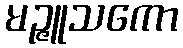
မဉ္ဇူသကော